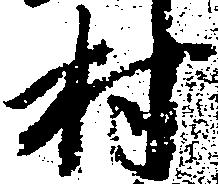
村